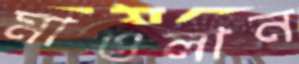
মাওলান